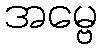
အမ္ဗေ